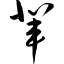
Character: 辈